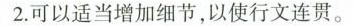
2.可以适当增加细节，以使行文连贯。